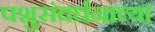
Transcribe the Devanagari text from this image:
पशुसंवर्धनाच्या